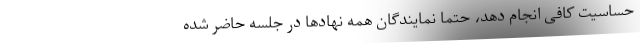
حساسیت کافی انجام دهد، حتما نمایندگان همه نهاد‌ها در جلسه حاضر شده